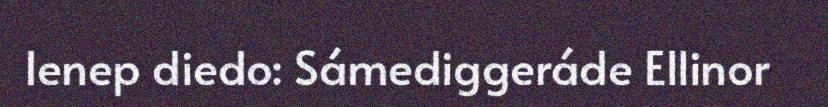
Ienep diedo: Sámediggeráde Ellinor